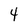
Character: 4